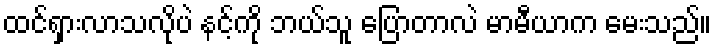
ထင်ရှားလာသလိုပဲ နင့်ကို ဘယ်သူ ပြောတာလဲ မာမီယာက မေးသည်။